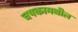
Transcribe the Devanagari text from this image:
चषकामधील